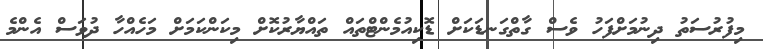
މިފުރުސަތު ދިނުމަށްފަހު ވެސް ގާތްގަނޑަކަށް ޑޮކިއުމެންޓްތައް ތައްޔާރުކޮށް މިކަންކަމަށް މަހެއްހާ ދުވަސް އެންމެ